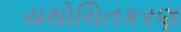
યથોચિતકરણ